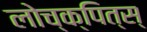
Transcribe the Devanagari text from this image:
लोच्क्पित्स्